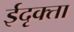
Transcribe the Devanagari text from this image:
ईदृक्ता